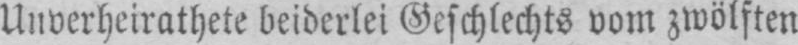
Unverheirathete beiderlei Geschlechts vom zwölften